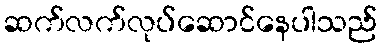
ဆက်လက်လုပ်ဆောင်နေပါသည်